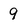
Character: 9